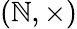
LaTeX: (\mathbb{N},\times)